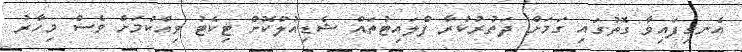
އެނގިފައިވާ ގޮތުގައި ގަމަށް ދަތުރުކުރާ ފްލައިޓުތައް ޝެޑިއުލްކޮށް ޓިކެޓު ވިއްކުމަށް ވެސް މިހާރު